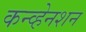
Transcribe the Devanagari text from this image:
कन्व्हेनशन